Calcutta medical institutions reports 1879-81 [i.e.91]
Year: 1879
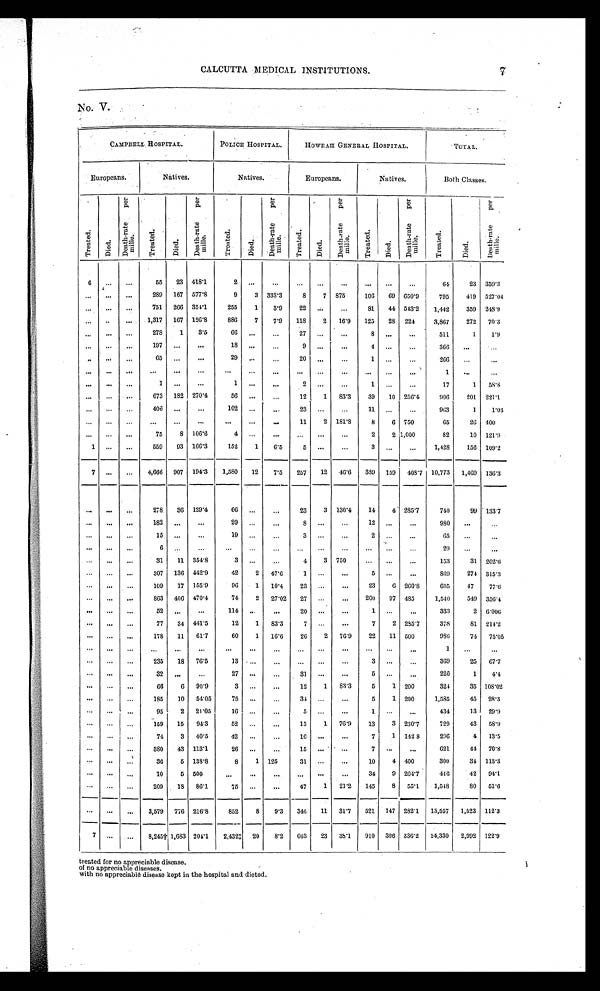
CALCUTTA MEDICAL INSTITUTIONS.
No. V.
CAMPBELL HOSPITAL.
POLICE HOSPITAL.
HOWRAH GENERAL HOSPITAL.
TOTAL.
Europeans.
Natives.
Natives.
Europeans.
Natives.
Both Classes.
Tr eat ed.
D i e d .
D e a t h - r a t e p e r m i l l e .
Tr eat ed.
D i e d .
D e a t h - r a t e p e r m i l l e .
T r e a t e d .
D i e d .
D e a t h - r a t e p e r m i l l e .
T r e a t e d .
D i e d .
D e a t h - r a t e p e r m i l l e .
Tr eat ed.
D i e d .
D e a t h - r a t e p e r m i l l e .
T r e a t e d .
D i e d .
D e a t h - r a t e p e r m i l l e .
6
. . .
. . .
55
23 418.1
2
. . .
. . .
. . .
. . .
. . .
. . .
. . .
. . .
64
23 359.3
. . .
. . .
. . .
289 167 577.8
9
3 333.3
8
7 875
106
69 650.9
795
419 527.04
. . .
. . .
. . .
751 266 354.1
255
1
3.9
22
. . .
. . .
81
44 543.2
1,442
359 248.9
. . .
. . .
. . .
1,317 167 126.8
886
7
7.9
118
2
16.9
125
28 224
3,867
272
70.3
. . .
. . .
. . .
278
1
3.5
66
. . .
. . .
27
. . .
. . .
8
. . .
. . .
511
1
1.9
. . .
. . .
. . .
197
. . .
. . .
18
. . .
. . .
9
. . .
. . .
4
. . .
. . .
366
. . .
. . .
. . .
. . .
. . .
65
. . .
. . .
29
. . .
. . .
20
. . .
. . .
1
. . .
. . .
266
. . .
. . .
. . .
. . .
. . .
. . .
. . .
. . .
. . .
. . .
. . .
. . .
. . .
. . .
. . .
. . .
. . .
1
. . .
. . .
. . .
. . .
. . .
1
. . .
. . .
1
. . .
. . .
2
. . .
. . .
1
. . .
. . .
17
1
58.8
. . .
. . .
. . .
673 182 270.4
56
. . .
. . .
12
1 83.3
39
10 256.4
906
201 221.1
. . .
. . .
. . .
406
. . .
. . .
102
. . .
. . .
23
. . .
. . .
11
. . .
. . .
963
1
1.03
. . .
. . .
. . .
. . .
. . .
. . .
. . .
. .
.
. . .
11
2 181.8
8
6 750
65
26 400
. . .
. . .
. . .
75
8 106.6
4
. . .
. . .
. . .
. . .
. . .
2
2 1,000
82
10 121.9
1
. . .
. . .
559
93 166.3
152
1
6.5
5
. . .
. . .
3
. . .
. . .
1,428
156 109.2
7
. . .
. . .
4,666 907 194.3
1,580
12
7.5
257
12
46.6
389 159 408.7 10,773
1,469 136.3
. . .
. . .
. . .
278
36 129.4
66
. . .
. . .
23
3 130.4
14
4 285.7
740
99 133.7
. . .
. . .
. . .
182
. . .
. . .
29
. . .
. . .
8
. . .
. . .
12
. . .
. . .
980
. . .
. . .
. . .
. . .
. . .
15
. . .
. . .
19
. . .
. . .
3
. . .
. . .
2
. . .
. . .
65
. . .
. . .
. . .
. . .
. . .
6
. . .
. . .
. . .
. . .
. . .
. . .
. . .
. . .
. . .
. . .
. . .
29
. . .
. . .
. . .
. . .
. . .
31
11 354.8
3
. . .
. . .
4
3 750
. . .
. . .
. . .
153
31 202.6
. . .
. . .
. . .
307 136 442.9
42
2 47.6
1
. . .
. . .
5
. . .
. . .
869
274 315.3
. . .
. . .
. . .
109
17 155.9
96
1 10.4
23
. . .
. . .
23
6 260.8
605
47
77.6
. . .
. . .
. . .
863 406 470.4
74
2 27.02
27
. . .
. . .
200
97 485
1,540
549 356.4
. . .
. . .
. . .
52
. . .
. . .
114
. . . . . .
20
. . .
. . .
1
. . .
. . .
333
2 6.006
. . .
. . .
. . .
77
34 441.5
12
1
83.3
7 . . .
. . .
7
2 285.7
378
81 214.2
. . .
. . .
. . .
178
11
61.7
60
1
16.6
26
2 76.9
22
11 500
986
74 75.05
. . .
. . .
. . .
. . .
. . .
. . .
. . .
. . .
. . .
. . .
. . .
. . .
. . .
. . .
. . .
1
. . .
. . .
. . .
. . .
. . .
235
18 76.5
13
. . .
. . .
. . .
. . .
. . .
3
. . .
. . .
369
25
67.7
. . .
. . .
. . .
32
. . .
. . .
27
. . .
. . .
31
. . .
. . .
5
. . .
. . .
226
1
4.4
. . .
. . .
. . .
66
6 90.9
3
. . .
. . .
12
1
83.3
5
1 200
324
35 108.02
. . .
. . .
. . .
185
10 54.05
75
. . .
. . .
34
. . .
. . .
5
1 200
1,585
45 28.3
. . .
. . .
. . .
95
2 21.05
16
. . .
. . .
5
. . .
. . .
1
. . .
. . .
434
13 29.9
. . .
. . .
. . .
159
15
94.3
52
. . .
. . .
13
1 76.9
13
3 230.7
729
43
58.9
. . .
. . .
. . .
74
3 40.5
42
. . .
. . .
16
. . .
. . .
7
1 142.8
296
4
13.5
. . .
. . .
. . .
380
43 113.1
26
. . .
. . .
15 . . .
. . .
7
. . .
. . .
621
44 70.8
. . .
. . .
. . .
36
5 138.8
8
1 125
31
. . .
. . .
10
4 400
300
34 113.3
. . .
. . .
. . .
10
5 500
. . .
. . .
. . .
. . .
. . .
. . .
34
9 264.7
446
42 94.1
. . .
. . .
. . .
209
18 86.1
75
. . .
. . .
47
1
21.2
145
8 55.1
1,548
80
51.6
. . .
. . .
. . .
3,579 776 216.8
852
8
9.3
346
11 31.7
521 147 282.1 13,557
1,523 112.3
7
. . .
. . .
8,245† 1,683 204.1
2,432‡ 20
8.2
603
23 38.1
910 306 336.2
24,330
2,992 122.9
treated for no appreciable disease.
of no appreciable diseases.
with no appreciable disease kept in the hospital and dieted.
7